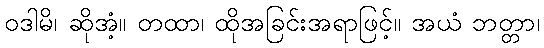
ဝဒါမိ၊ ဆိုအံ့။ တထာ၊ ထိုအခြင်းအရာဖြင့်။ အယံ ဘတ္တာ၊